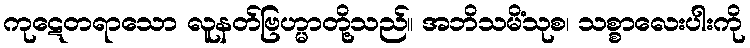
ကုဋေတရာသော လူနတ်ဗြဟ္မာတို့သည်။ အဘိသမိံသုစ၊ သစ္စာလေးပါးကို